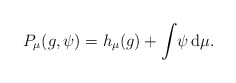
\begin{align*} P_\mu(g,\psi)= h_\mu (g) + \int \! \psi \,\mathrm{d}\mu.\end{align*}